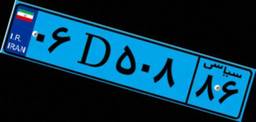
۰۶D۵۰۸۸۶